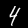
Label: 4